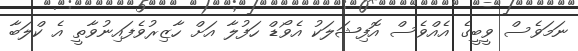
ނަމަވެސް ވީބީގެ އެއްވެސް އޮފިޝަލަކު އެވޯޑް ހަފުލާ އަށް ހާޒިރުވެފައިނުވާތީ އެ ކްލަބާ